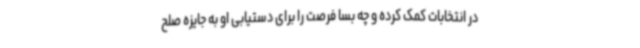
در انتخابات کمک کرده و چه بسا فرصت را برای دستیابی او به جایزه صلح